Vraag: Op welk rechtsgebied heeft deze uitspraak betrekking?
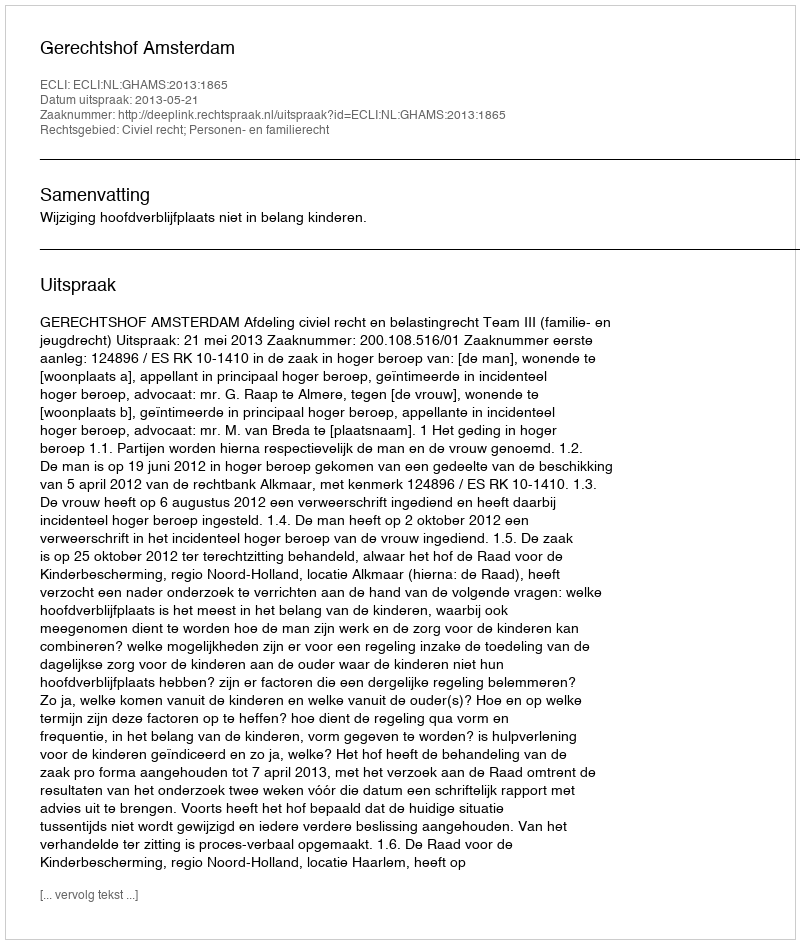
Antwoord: Civiel recht; Personen- en familierecht